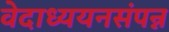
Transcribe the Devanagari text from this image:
वेदाध्ययनसंपन्न